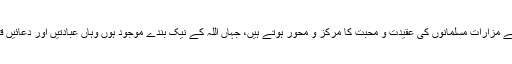
جماعت اہلسنّت پاکستان کراچی کے امیر علامہ شاہ عبدالحق قادری نے کہا کہ صالحین کے مزارات مسلمانوں کی عقیدت و محبت کا مرکز و محور ہوتے ہیں، جہاں اللہ کے نیک بندے موجود ہوں وہاں عبادتیں اور دعائیں قبول ہوتی ہیں، مزارات کی بےحرمتی کرنے والوں کو اپنی عاقبت کی فکر کرنی چاہیئے۔